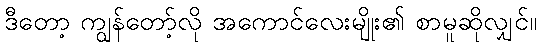
ဒီတော့ ကျွန်တော့်လို အကောင်လေးမျိုး၏ စာမူဆိုလျှင်။